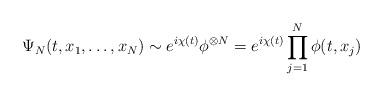
LaTeX: \begin{align*}\Psi_N(t, x_1, \ldots, x_N) \sim e^{i\chi(t)}\phi^{\otimes N}=e^{i\chi(t)}\prod^N_{j=1}\phi(t, x_j) \end{align*}